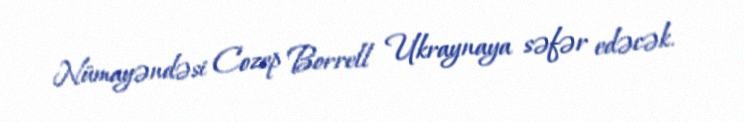
Nümayəndəsi Cozep Borrell Ukraynaya səfər edəcək.